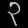
Digit: ၃